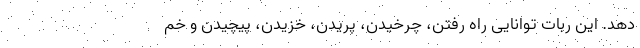
دهد. این ربات توانایی راه رفتن، چرخیدن، پریدن، خزیدن، پیچیدن و خم